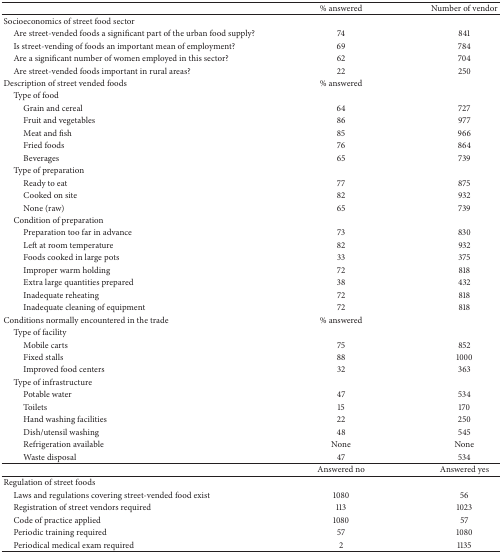
<table><thead><tr><td><b> </b></td><td><b>% answered</b></td><td><b>Number of vendor</b></td></tr></thead><tbody><tr><td>Socioeconomics of street food sector</td><td> </td><td> </td></tr><tr><td> Are street-vended foods a significant part of the urban food supply?</td><td>74</td><td>841</td></tr><tr><td> Is street-vending of foods an important mean of employment?</td><td>69</td><td>784</td></tr><tr><td> Are a significant number of women employed in this sector? </td><td>62</td><td>704</td></tr><tr><td> Are street-vended foods important in rural areas? </td><td>22</td><td>250</td></tr><tr><td>Description of street vended foods</td><td>% answered</td><td> </td></tr><tr><td> Type of food</td><td> </td><td> </td></tr><tr><td>Grain and cereal</td><td>64</td><td>727</td></tr><tr><td>Fruit and vegetables </td><td>86</td><td>977</td></tr><tr><td>Meat and fish </td><td>85</td><td>966</td></tr><tr><td>Fried foods</td><td>76</td><td>864</td></tr><tr><td>Beverages </td><td>65</td><td>739</td></tr><tr><td> Type of preparation</td><td> </td><td> </td></tr><tr><td>Ready to eat </td><td>77</td><td>875</td></tr><tr><td>Cooked on site </td><td>82</td><td>932</td></tr><tr><td>None (raw) </td><td>65</td><td>739</td></tr><tr><td> Condition of preparation</td><td> </td><td> </td></tr><tr><td>Preparation too far in advance</td><td>73</td><td>830</td></tr><tr><td>Left at room temperature</td><td>82</td><td>932</td></tr><tr><td>Foods cooked in large pots</td><td>33</td><td>375</td></tr><tr><td>Improper warm holding</td><td>72</td><td>818</td></tr><tr><td>Extra large quantities prepared</td><td>38</td><td>432</td></tr><tr><td>Inadequate reheating</td><td>72</td><td>818</td></tr><tr><td>Inadequate cleaning of equipment</td><td>72</td><td>818</td></tr><tr><td>Conditions normally encountered in the trade</td><td>% answered</td><td> </td></tr><tr><td> Type of facility</td><td> </td><td> </td></tr><tr><td>Mobile carts </td><td>75</td><td>852</td></tr><tr><td>Fixed stalls </td><td>88</td><td>1000</td></tr><tr><td>Improved food centers</td><td>32</td><td>363</td></tr><tr><td> Type of infrastructure</td><td> </td><td> </td></tr><tr><td>Potable water </td><td>47</td><td>534</td></tr><tr><td>Toilets </td><td>15</td><td>170</td></tr><tr><td>Hand washing facilities </td><td>22</td><td>250</td></tr><tr><td>Dish/utensil washing </td><td>48</td><td>545</td></tr><tr><td>Refrigeration available </td><td>None</td><td>None</td></tr><tr><td>Waste disposal </td><td>47</td><td>534</td></tr><tr><td> </td><td>Answered no</td><td>Answered yes</td></tr><tr><td>Regulation of street foods</td><td> </td><td> </td></tr><tr><td> Laws and regulations covering street-vended food exist</td><td>1080</td><td> 56</td></tr><tr><td> Registration of street vendors required</td><td>113</td><td>1023</td></tr><tr><td> Code of practice applied</td><td>1080</td><td>57</td></tr><tr><td> Periodic training required</td><td>57</td><td>1080</td></tr><tr><td> Periodical medical exam required</td><td>2</td><td>1135</td></tr></tbody></table>